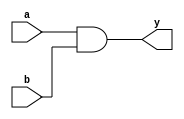
module comb_logic (
    input wire a,          // Input signal a
    input wire b,          // Input signal b
    output reg y          // Output signal y
);

    // Always block that triggers on changes to input signals a or b
    always @ (a or b) begin
        // Blocking assignment to update output y based on inputs
        y = a & b;        // Perform AND operation
    end

endmodule